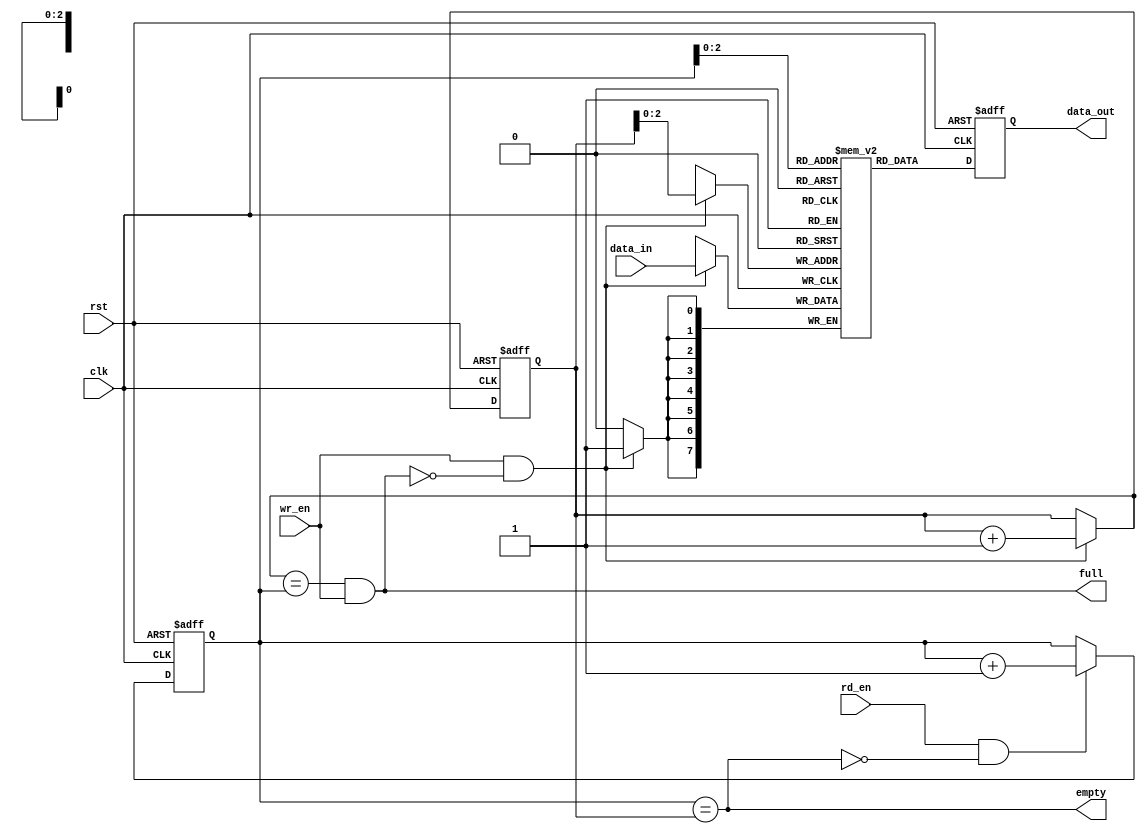
module NonBlockingFIFO (
    input wire clk,
    input wire rst,
    input wire wr_en,
    input wire rd_en,
    input wire [DATA_WIDTH-1:0] data_in,
    output wire [DATA_WIDTH-1:0] data_out,
    output wire empty,
    output wire full
);

parameter DEPTH = 8;
parameter DATA_WIDTH = 8;

reg [DATA_WIDTH-1:0] mem [0:DEPTH-1];
reg [DATA_WIDTH-1:0] data_out_reg;
reg [DEPTH-1:0] rd_ptr_reg, wr_ptr_reg;
reg [DEPTH-1:0] rd_ptr_next, wr_ptr_next;

always @(posedge clk or posedge rst) begin
    if (rst) begin
        rd_ptr_reg <= 0;
        wr_ptr_reg <= 0;
        data_out_reg <= 0;
    end else begin
        rd_ptr_reg <= rd_ptr_next;
        wr_ptr_reg <= wr_ptr_next;
        data_out_reg <= mem[rd_ptr_reg];
    end
end

always @(*) begin
    wr_ptr_next = (wr_en && ~full) ? wr_ptr_reg + 1 : wr_ptr_reg;
    rd_ptr_next = (rd_en && ~empty) ? rd_ptr_reg + 1 : rd_ptr_reg;
end

assign data_out = data_out_reg;
assign empty = (rd_ptr_reg == wr_ptr_reg);
assign full = ((wr_ptr_next == rd_ptr_reg) && (wr_en));

always @(posedge clk) begin
    if (wr_en && ~full) begin
        mem[wr_ptr_reg] <= data_in;
    end
end

endmodule